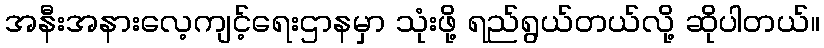
အနီးအနားလေ့ကျင့်ရေးဌာနမှာ သုံးဖို့ ရည်ရွယ်တယ်လို့ ဆိုပါတယ်။